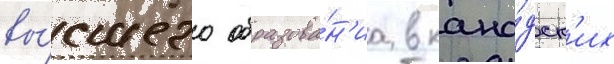
вы́сшего образова́н'иа в кана́дск'их